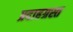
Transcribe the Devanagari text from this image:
प्रदाहग्रस्त